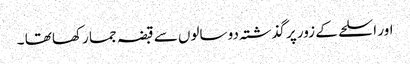
اور اسلحے کے زور پر گذشتہ دو سالوں سے قبضہ جما رکھا تھا ۔